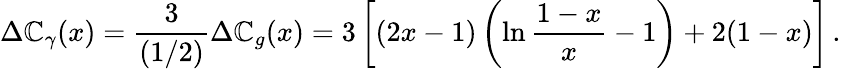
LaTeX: \Delta\mathbb{C}_{\gamma}(x)=\frac{{3}}{{(1/2)}}\Delta\mathbb{C}_{g}(x)=3\left[(2x-1)\left(\ln\frac{{1-x}}{{x}}-1\right)+2(1-x)\right]\, .